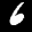
Label: 6